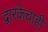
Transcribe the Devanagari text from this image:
द्वारकेचाही